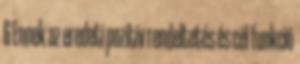
6 Ennek az eredeti pozitív rendeltetés és cél funkció